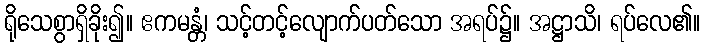
ရိုသေစွာရှိခိုး၍။ ဧကမန္တံ၊ သင့်တင့်လျောက်ပတ်သော အရပ်၌။ အဋ္ဌာသိ၊ ရပ်လေ၏။